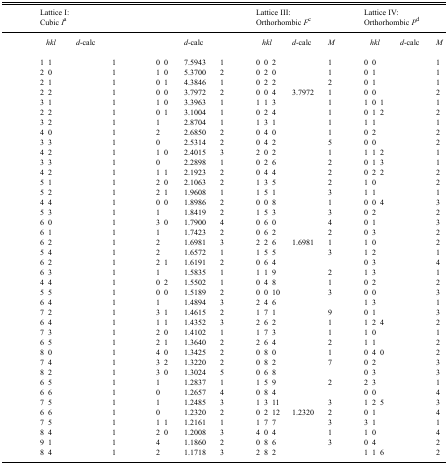
<table><thead><tr><td>[EMPTY_CELL]</td><td colspan="5"><b>Lattice I: Cubic <i>I</i>a</b></td><td colspan="5">[EMPTY_CELL]</td><td colspan="5"><b>Lattice III: Orthorhombic <i>F</i>c</b></td><td colspan="5"><b>Lattice IV: Orthorhombic <i>P</i>d</b></td></tr></thead><tbody><tr><td>[EMPTY_CELL]</td><td colspan="3"><i>hkl</i></td><td><i>d</i>-calc</td><td>[EMPTY_CELL]</td><td colspan="3">[EMPTY_CELL]</td><td><i>d</i>-calc</td><td>[EMPTY_CELL]</td><td colspan="3"><i>hkl</i></td><td><i>d</i>-calc</td><td><i>M</i></td><td colspan="3"><i>hkl</i></td><td><i>d</i>-calc</td><td><i>M</i></td></tr><tr><td>[EMPTY_CELL]</td><td>1</td><td>1</td><td>[EMPTY_CELL]</td><td>[EMPTY_CELL]</td><td>1</td><td>[EMPTY_CELL]</td><td>0</td><td>0</td><td>7.5943</td><td>1</td><td>0</td><td>0</td><td>2</td><td>[EMPTY_CELL]</td><td>1</td><td>0</td><td>0</td><td>[EMPTY_CELL]</td><td>[EMPTY_CELL]</td><td>1</td></tr><tr><td>[EMPTY_CELL]</td><td>2</td><td>0</td><td>[EMPTY_CELL]</td><td>[EMPTY_CELL]</td><td>1</td><td>[EMPTY_CELL]</td><td>1</td><td>0</td><td>5.3700</td><td>2</td><td>0</td><td>2</td><td>0</td><td>[EMPTY_CELL]</td><td>1</td><td>0</td><td>1</td><td>[EMPTY_CELL]</td><td>[EMPTY_CELL]</td><td>1</td></tr><tr><td>[EMPTY_CELL]</td><td>2</td><td>1</td><td>[EMPTY_CELL]</td><td>[EMPTY_CELL]</td><td>1</td><td>[EMPTY_CELL]</td><td>0</td><td>1</td><td>4.3846</td><td>1</td><td>0</td><td>2</td><td>2</td><td>[EMPTY_CELL]</td><td>2</td><td>0</td><td>1</td><td>[EMPTY_CELL]</td><td>[EMPTY_CELL]</td><td>1</td></tr><tr><td>[EMPTY_CELL]</td><td>2</td><td>2</td><td>[EMPTY_CELL]</td><td>[EMPTY_CELL]</td><td>1</td><td>[EMPTY_CELL]</td><td>0</td><td>0</td><td>3.7972</td><td>2</td><td>0</td><td>0</td><td>4</td><td>3.7972</td><td>1</td><td>0</td><td>0</td><td>[EMPTY_CELL]</td><td>[EMPTY_CELL]</td><td>2</td></tr><tr><td>[EMPTY_CELL]</td><td>3</td><td>1</td><td>[EMPTY_CELL]</td><td>[EMPTY_CELL]</td><td>1</td><td>[EMPTY_CELL]</td><td>1</td><td>0</td><td>3.3963</td><td>1</td><td>1</td><td>1</td><td>3</td><td>[EMPTY_CELL]</td><td>1</td><td>1</td><td>0</td><td>1</td><td>[EMPTY_CELL]</td><td>1</td></tr><tr><td>[EMPTY_CELL]</td><td>2</td><td>2</td><td>[EMPTY_CELL]</td><td>[EMPTY_CELL]</td><td>1</td><td>[EMPTY_CELL]</td><td>0</td><td>1</td><td>3.1004</td><td>1</td><td>0</td><td>2</td><td>4</td><td>[EMPTY_CELL]</td><td>1</td><td>0</td><td>1</td><td>2</td><td>[EMPTY_CELL]</td><td>2</td></tr><tr><td>[EMPTY_CELL]</td><td>3</td><td>2</td><td>[EMPTY_CELL]</td><td>[EMPTY_CELL]</td><td>1</td><td>[EMPTY_CELL]</td><td>1</td><td>[EMPTY_CELL]</td><td>2.8704</td><td>1</td><td>1</td><td>3</td><td>1</td><td>[EMPTY_CELL]</td><td>1</td><td>1</td><td>1</td><td>[EMPTY_CELL]</td><td>[EMPTY_CELL]</td><td>1</td></tr><tr><td>[EMPTY_CELL]</td><td>4</td><td>0</td><td>[EMPTY_CELL]</td><td>[EMPTY_CELL]</td><td>1</td><td>[EMPTY_CELL]</td><td>2</td><td>[EMPTY_CELL]</td><td>2.6850</td><td>2</td><td>0</td><td>4</td><td>0</td><td>[EMPTY_CELL]</td><td>1</td><td>0</td><td>2</td><td>[EMPTY_CELL]</td><td>[EMPTY_CELL]</td><td>2</td></tr><tr><td>[EMPTY_CELL]</td><td>3</td><td>3</td><td>[EMPTY_CELL]</td><td>[EMPTY_CELL]</td><td>1</td><td>[EMPTY_CELL]</td><td>0</td><td>[EMPTY_CELL]</td><td>2.5314</td><td>2</td><td>0</td><td>4</td><td>2</td><td>[EMPTY_CELL]</td><td>5</td><td>0</td><td>0</td><td>[EMPTY_CELL]</td><td>[EMPTY_CELL]</td><td>2</td></tr><tr><td>[EMPTY_CELL]</td><td>4</td><td>2</td><td>[EMPTY_CELL]</td><td>[EMPTY_CELL]</td><td>1</td><td>[EMPTY_CELL]</td><td>1</td><td>0</td><td>2.4015</td><td>3</td><td>2</td><td>0</td><td>2</td><td>[EMPTY_CELL]</td><td>1</td><td>1</td><td>1</td><td>2</td><td>[EMPTY_CELL]</td><td>1</td></tr><tr><td>[EMPTY_CELL]</td><td>3</td><td>3</td><td>[EMPTY_CELL]</td><td>[EMPTY_CELL]</td><td>1</td><td>[EMPTY_CELL]</td><td>0</td><td>[EMPTY_CELL]</td><td>2.2898</td><td>1</td><td>0</td><td>2</td><td>6</td><td>[EMPTY_CELL]</td><td>2</td><td>0</td><td>1</td><td>3</td><td>[EMPTY_CELL]</td><td>1</td></tr><tr><td>[EMPTY_CELL]</td><td>4</td><td>2</td><td>[EMPTY_CELL]</td><td>[EMPTY_CELL]</td><td>1</td><td>[EMPTY_CELL]</td><td>1</td><td>1</td><td>2.1923</td><td>2</td><td>0</td><td>4</td><td>4</td><td>[EMPTY_CELL]</td><td>2</td><td>0</td><td>2</td><td>2</td><td>[EMPTY_CELL]</td><td>2</td></tr><tr><td>[EMPTY_CELL]</td><td>5</td><td>1</td><td>[EMPTY_CELL]</td><td>[EMPTY_CELL]</td><td>1</td><td>[EMPTY_CELL]</td><td>2</td><td>0</td><td>2.1063</td><td>2</td><td>1</td><td>3</td><td>5</td><td>[EMPTY_CELL]</td><td>2</td><td>1</td><td>0</td><td>[EMPTY_CELL]</td><td>[EMPTY_CELL]</td><td>2</td></tr><tr><td>[EMPTY_CELL]</td><td>5</td><td>2</td><td>[EMPTY_CELL]</td><td>[EMPTY_CELL]</td><td>1</td><td>[EMPTY_CELL]</td><td>2</td><td>1</td><td>1.9608</td><td>1</td><td>1</td><td>5</td><td>1</td><td>[EMPTY_CELL]</td><td>3</td><td>1</td><td>1</td><td>[EMPTY_CELL]</td><td>[EMPTY_CELL]</td><td>1</td></tr><tr><td>[EMPTY_CELL]</td><td>4</td><td>4</td><td>[EMPTY_CELL]</td><td>[EMPTY_CELL]</td><td>1</td><td>[EMPTY_CELL]</td><td>0</td><td>0</td><td>1.8986</td><td>2</td><td>0</td><td>0</td><td>8</td><td>[EMPTY_CELL]</td><td>1</td><td>0</td><td>0</td><td>4</td><td>[EMPTY_CELL]</td><td>3</td></tr><tr><td>[EMPTY_CELL]</td><td>5</td><td>3</td><td>[EMPTY_CELL]</td><td>[EMPTY_CELL]</td><td>1</td><td>[EMPTY_CELL]</td><td>1</td><td>[EMPTY_CELL]</td><td>1.8419</td><td>2</td><td>1</td><td>5</td><td>3</td><td>[EMPTY_CELL]</td><td>3</td><td>0</td><td>2</td><td>[EMPTY_CELL]</td><td>[EMPTY_CELL]</td><td>2</td></tr><tr><td>[EMPTY_CELL]</td><td>6</td><td>0</td><td>[EMPTY_CELL]</td><td>[EMPTY_CELL]</td><td>1</td><td>[EMPTY_CELL]</td><td>3</td><td>0</td><td>1.7900</td><td>4</td><td>0</td><td>6</td><td>0</td><td>[EMPTY_CELL]</td><td>4</td><td>0</td><td>1</td><td>[EMPTY_CELL]</td><td>[EMPTY_CELL]</td><td>3</td></tr><tr><td>[EMPTY_CELL]</td><td>6</td><td>1</td><td>[EMPTY_CELL]</td><td>[EMPTY_CELL]</td><td>1</td><td>[EMPTY_CELL]</td><td>1</td><td>[EMPTY_CELL]</td><td>1.7423</td><td>2</td><td>0</td><td>6</td><td>2</td><td>[EMPTY_CELL]</td><td>2</td><td>0</td><td>3</td><td>[EMPTY_CELL]</td><td>[EMPTY_CELL]</td><td>2</td></tr><tr><td>[EMPTY_CELL]</td><td>6</td><td>2</td><td>[EMPTY_CELL]</td><td>[EMPTY_CELL]</td><td>1</td><td>[EMPTY_CELL]</td><td>2</td><td>[EMPTY_CELL]</td><td>1.6981</td><td>3</td><td>2</td><td>2</td><td>6</td><td>1.6981</td><td>1</td><td>1</td><td>0</td><td>[EMPTY_CELL]</td><td>[EMPTY_CELL]</td><td>2</td></tr><tr><td>[EMPTY_CELL]</td><td>5</td><td>4</td><td>[EMPTY_CELL]</td><td>[EMPTY_CELL]</td><td>1</td><td>[EMPTY_CELL]</td><td>2</td><td>[EMPTY_CELL]</td><td>1.6572</td><td>1</td><td>1</td><td>5</td><td>5</td><td>[EMPTY_CELL]</td><td>3</td><td>1</td><td>2</td><td>[EMPTY_CELL]</td><td>[EMPTY_CELL]</td><td>1</td></tr><tr><td>[EMPTY_CELL]</td><td>6</td><td>2</td><td>[EMPTY_CELL]</td><td>[EMPTY_CELL]</td><td>1</td><td>[EMPTY_CELL]</td><td>2</td><td>1</td><td>1.6191</td><td>2</td><td>0</td><td>6</td><td>4</td><td>[EMPTY_CELL]</td><td>[EMPTY_CELL]</td><td>0</td><td>3</td><td>[EMPTY_CELL]</td><td>[EMPTY_CELL]</td><td>4</td></tr><tr><td>[EMPTY_CELL]</td><td>6</td><td>3</td><td>[EMPTY_CELL]</td><td>[EMPTY_CELL]</td><td>1</td><td>[EMPTY_CELL]</td><td>1</td><td>[EMPTY_CELL]</td><td>1.5835</td><td>1</td><td>1</td><td>1</td><td>9</td><td>[EMPTY_CELL]</td><td>2</td><td>1</td><td>3</td><td>[EMPTY_CELL]</td><td>[EMPTY_CELL]</td><td>1</td></tr><tr><td>[EMPTY_CELL]</td><td>4</td><td>4</td><td>[EMPTY_CELL]</td><td>[EMPTY_CELL]</td><td>1</td><td>[EMPTY_CELL]</td><td>0</td><td>2</td><td>1.5502</td><td>1</td><td>0</td><td>4</td><td>8</td><td>[EMPTY_CELL]</td><td>1</td><td>0</td><td>2</td><td>[EMPTY_CELL]</td><td>[EMPTY_CELL]</td><td>2</td></tr><tr><td>[EMPTY_CELL]</td><td>5</td><td>5</td><td>[EMPTY_CELL]</td><td>[EMPTY_CELL]</td><td>1</td><td>[EMPTY_CELL]</td><td>0</td><td>0</td><td>1.5189</td><td>2</td><td>0</td><td>0</td><td>10</td><td>[EMPTY_CELL]</td><td>3</td><td>0</td><td>0</td><td>[EMPTY_CELL]</td><td>[EMPTY_CELL]</td><td>3</td></tr><tr><td>[EMPTY_CELL]</td><td>6</td><td>4</td><td>[EMPTY_CELL]</td><td>[EMPTY_CELL]</td><td>1</td><td>[EMPTY_CELL]</td><td>1</td><td>[EMPTY_CELL]</td><td>1.4894</td><td>3</td><td>2</td><td>4</td><td>6</td><td>[EMPTY_CELL]</td><td>[EMPTY_CELL]</td><td>1</td><td>3</td><td>[EMPTY_CELL]</td><td>[EMPTY_CELL]</td><td>1</td></tr><tr><td>[EMPTY_CELL]</td><td>7</td><td>2</td><td>[EMPTY_CELL]</td><td>[EMPTY_CELL]</td><td>1</td><td>[EMPTY_CELL]</td><td>3</td><td>1</td><td>1.4615</td><td>2</td><td>1</td><td>7</td><td>1</td><td>[EMPTY_CELL]</td><td>9</td><td>0</td><td>1</td><td>[EMPTY_CELL]</td><td>[EMPTY_CELL]</td><td>3</td></tr><tr><td>[EMPTY_CELL]</td><td>6</td><td>4</td><td>[EMPTY_CELL]</td><td>[EMPTY_CELL]</td><td>1</td><td>[EMPTY_CELL]</td><td>1</td><td>1</td><td>1.4352</td><td>3</td><td>2</td><td>6</td><td>2</td><td>[EMPTY_CELL]</td><td>1</td><td>1</td><td>2</td><td>4</td><td>[EMPTY_CELL]</td><td>2</td></tr><tr><td>[EMPTY_CELL]</td><td>7</td><td>3</td><td>[EMPTY_CELL]</td><td>[EMPTY_CELL]</td><td>1</td><td>[EMPTY_CELL]</td><td>2</td><td>0</td><td>1.4102</td><td>1</td><td>1</td><td>7</td><td>3</td><td>[EMPTY_CELL]</td><td>1</td><td>1</td><td>0</td><td>[EMPTY_CELL]</td><td>[EMPTY_CELL]</td><td>1</td></tr><tr><td>[EMPTY_CELL]</td><td>6</td><td>5</td><td>[EMPTY_CELL]</td><td>[EMPTY_CELL]</td><td>1</td><td>[EMPTY_CELL]</td><td>2</td><td>1</td><td>1.3640</td><td>2</td><td>2</td><td>6</td><td>4</td><td>[EMPTY_CELL]</td><td>2</td><td>1</td><td>1</td><td>[EMPTY_CELL]</td><td>[EMPTY_CELL]</td><td>2</td></tr><tr><td>[EMPTY_CELL]</td><td>8</td><td>0</td><td>[EMPTY_CELL]</td><td>[EMPTY_CELL]</td><td>1</td><td>[EMPTY_CELL]</td><td>4</td><td>0</td><td>1.3425</td><td>2</td><td>0</td><td>8</td><td>0</td><td>[EMPTY_CELL]</td><td>1</td><td>0</td><td>4</td><td>0</td><td>[EMPTY_CELL]</td><td>2</td></tr><tr><td>[EMPTY_CELL]</td><td>7</td><td>4</td><td>[EMPTY_CELL]</td><td>[EMPTY_CELL]</td><td>1</td><td>[EMPTY_CELL]</td><td>3</td><td>2</td><td>1.3220</td><td>2</td><td>0</td><td>8</td><td>2</td><td>[EMPTY_CELL]</td><td>7</td><td>0</td><td>2</td><td>[EMPTY_CELL]</td><td>[EMPTY_CELL]</td><td>3</td></tr><tr><td>[EMPTY_CELL]</td><td>8</td><td>2</td><td>[EMPTY_CELL]</td><td>[EMPTY_CELL]</td><td>1</td><td>[EMPTY_CELL]</td><td>3</td><td>0</td><td>1.3024</td><td>5</td><td>0</td><td>6</td><td>8</td><td>[EMPTY_CELL]</td><td>[EMPTY_CELL]</td><td>0</td><td>3</td><td>[EMPTY_CELL]</td><td>[EMPTY_CELL]</td><td>3</td></tr><tr><td>[EMPTY_CELL]</td><td>6</td><td>5</td><td>[EMPTY_CELL]</td><td>[EMPTY_CELL]</td><td>1</td><td>[EMPTY_CELL]</td><td>1</td><td>[EMPTY_CELL]</td><td>1.2837</td><td>1</td><td>1</td><td>5</td><td>9</td><td>[EMPTY_CELL]</td><td>2</td><td>2</td><td>3</td><td>[EMPTY_CELL]</td><td>[EMPTY_CELL]</td><td>1</td></tr><tr><td>[EMPTY_CELL]</td><td>6</td><td>6</td><td>[EMPTY_CELL]</td><td>[EMPTY_CELL]</td><td>1</td><td>[EMPTY_CELL]</td><td>0</td><td>[EMPTY_CELL]</td><td>1.2657</td><td>4</td><td>0</td><td>8</td><td>4</td><td>[EMPTY_CELL]</td><td>[EMPTY_CELL]</td><td>0</td><td>0</td><td>[EMPTY_CELL]</td><td>[EMPTY_CELL]</td><td>4</td></tr><tr><td>[EMPTY_CELL]</td><td>7</td><td>5</td><td>[EMPTY_CELL]</td><td>[EMPTY_CELL]</td><td>1</td><td>[EMPTY_CELL]</td><td>1</td><td>[EMPTY_CELL]</td><td>1.2485</td><td>3</td><td>1</td><td>3</td><td>11</td><td>[EMPTY_CELL]</td><td>3</td><td>1</td><td>2</td><td>5</td><td>[EMPTY_CELL]</td><td>3</td></tr><tr><td>[EMPTY_CELL]</td><td>6</td><td>6</td><td>[EMPTY_CELL]</td><td>[EMPTY_CELL]</td><td>1</td><td>[EMPTY_CELL]</td><td>0</td><td>[EMPTY_CELL]</td><td>1.2320</td><td>2</td><td>0</td><td>2</td><td>12</td><td>1.2320</td><td>2</td><td>0</td><td>1</td><td>[EMPTY_CELL]</td><td>[EMPTY_CELL]</td><td>4</td></tr><tr><td>[EMPTY_CELL]</td><td>7</td><td>5</td><td>[EMPTY_CELL]</td><td>[EMPTY_CELL]</td><td>1</td><td>[EMPTY_CELL]</td><td>1</td><td>1</td><td>1.2161</td><td>1</td><td>1</td><td>7</td><td>7</td><td>[EMPTY_CELL]</td><td>3</td><td>3</td><td>1</td><td>[EMPTY_CELL]</td><td>[EMPTY_CELL]</td><td>1</td></tr><tr><td>[EMPTY_CELL]</td><td>8</td><td>4</td><td>[EMPTY_CELL]</td><td>[EMPTY_CELL]</td><td>1</td><td>[EMPTY_CELL]</td><td>2</td><td>0</td><td>1.2008</td><td>3</td><td>4</td><td>0</td><td>4</td><td>[EMPTY_CELL]</td><td>1</td><td>1</td><td>0</td><td>[EMPTY_CELL]</td><td>[EMPTY_CELL]</td><td>4</td></tr><tr><td>[EMPTY_CELL]</td><td>9</td><td>1</td><td>[EMPTY_CELL]</td><td>[EMPTY_CELL]</td><td>1</td><td>[EMPTY_CELL]</td><td>4</td><td>[EMPTY_CELL]</td><td>1.1860</td><td>2</td><td>0</td><td>8</td><td>6</td><td>[EMPTY_CELL]</td><td>3</td><td>0</td><td>4</td><td>[EMPTY_CELL]</td><td>[EMPTY_CELL]</td><td>2</td></tr><tr><td>[EMPTY_CELL]</td><td>8</td><td>4</td><td>[EMPTY_CELL]</td><td>[EMPTY_CELL]</td><td>1</td><td>[EMPTY_CELL]</td><td>2</td><td>[EMPTY_CELL]</td><td>1.1718</td><td>3</td><td>2</td><td>8</td><td>2</td><td>[EMPTY_CELL]</td><td>[EMPTY_CELL]</td><td>1</td><td>1</td><td>6</td><td>[EMPTY_CELL]</td><td>2</td></tr></tbody></table>